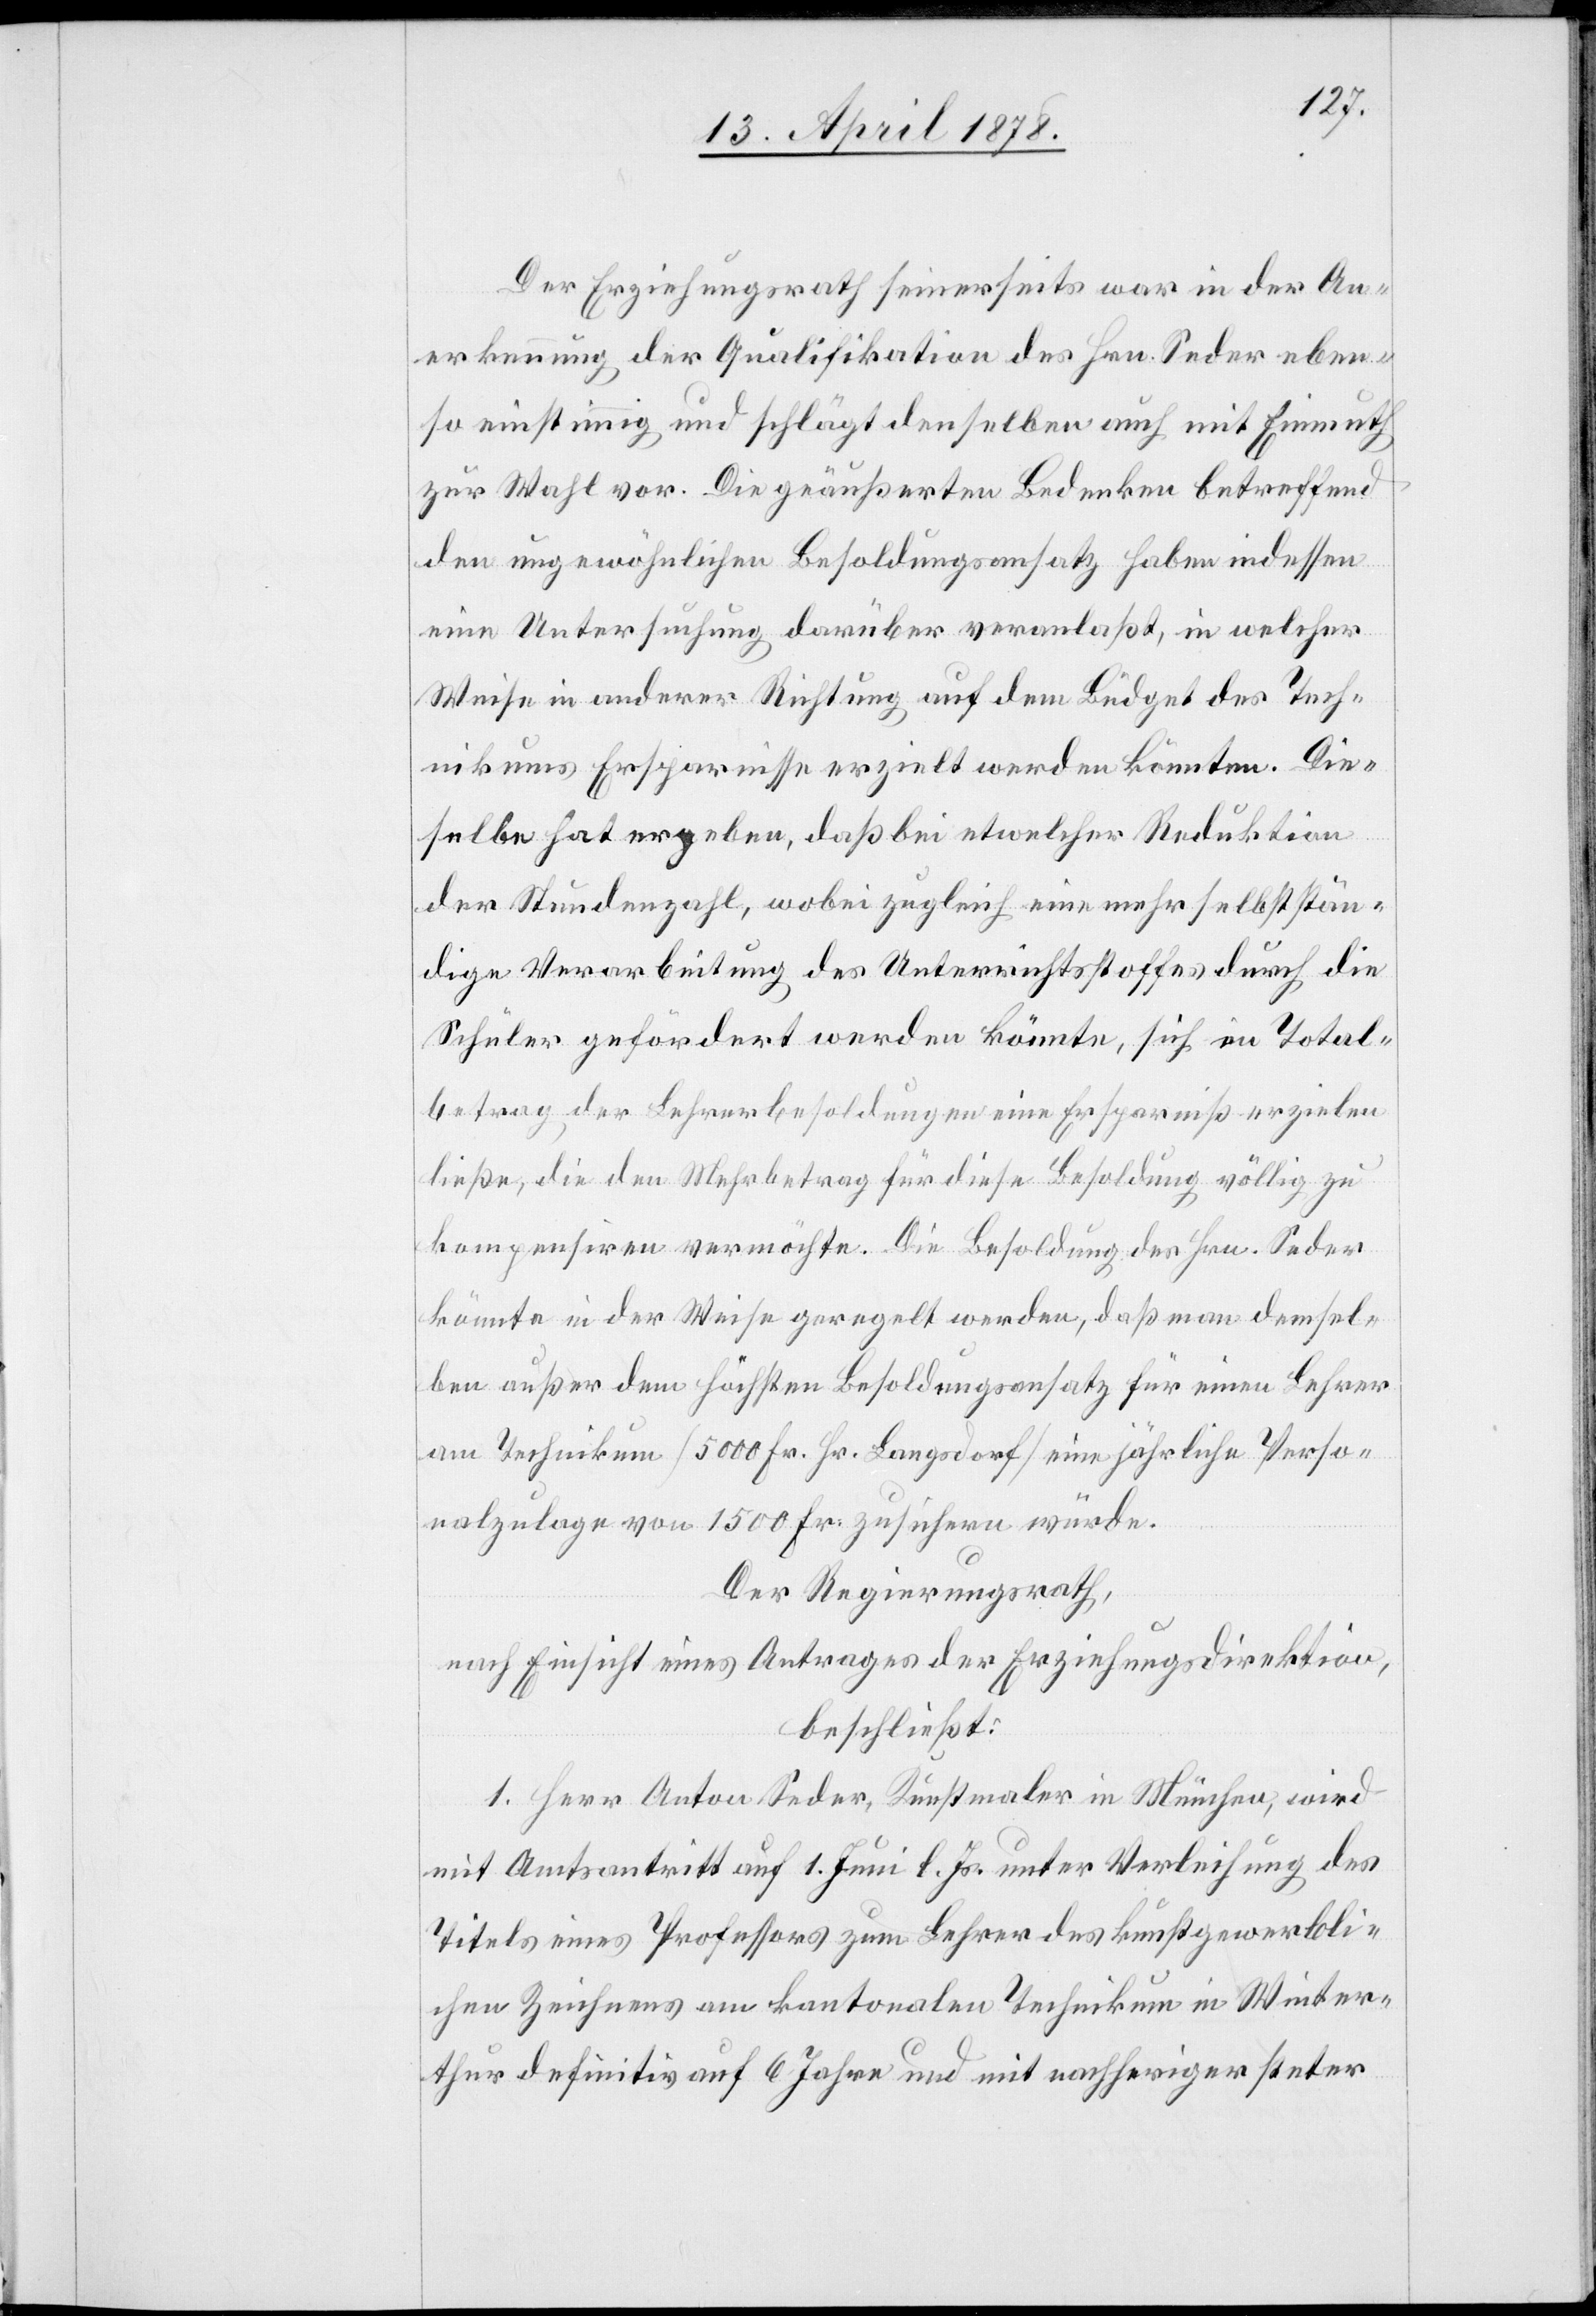
Der Erziehungsrath seinerseits war in der An¬
erkennung der Qualifikation des Hrn. Seder eben¬
so einstimmig und schlägt denselben auch mit Einmuth
zur Wahl vor. Die geäußerten Bedenken betreffend
den ungewöhnlichen Besoldungsansatz haben indessen
eine Untersuchung darüber veranlaßt, in welcher
Weise in anderer Richtung auf dem Büdget des Tech¬
nikums Ersparnisse erzielt werden könnten. Die¬
selbe hat ergeben, daß bei etwelcher Reduktion
der Stundenzahl, wobei zugleich eine mehr selbststän¬
dige Verarbeitung des Unterrichtsstoffes durch die
Schüler gefördert werden könnte, sich im Total¬
betrag der Lehrerbesoldungen eine Ersparniß erzielen
ließe, die den Mehrbetrag für diese Besoldung völlig zu
kompensiren vermöchte. Die Besoldung des Hrn. Seder
könnte in der Weise geregelt werden, daß man demsel¬
ben außer dem höchsten Besoldungsansatz für einen Lehrer
am Technikum (5000 Fr. Hr. Langsdorf) eine jährliche Perso¬
nalzulage von 1500 Fr. zuführen würde.
Der Regierungsrath,
nach Einsicht eines Antrages der Erziehungsdirektion,
beschließt:
1. Herr Anton Seder, Kunstmaler in München, wird
mit Amtsantritt auf 1. Juni l. Js. unter Verleihung des
Titels eines Professors zum Lehrer des kunstgewerbli¬
chen Zeichnens am kantonalen Technikum in Winter¬
thur definitiv auf 6 Jahre und mit nachheriger steter